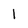
Character: 1